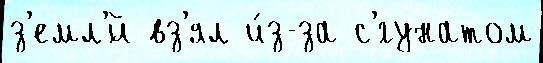
з'емл'́й вз'ял и́з-за с'́гунатом